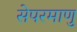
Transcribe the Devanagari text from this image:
सेपरमाणु